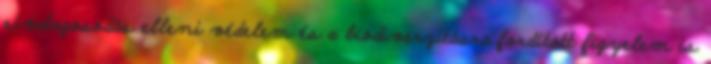
sivatagosodás elleni védelem és a biodiverzitásra fordított figyelem is